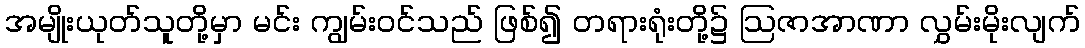
အမျိုးယုတ်သူတို့မှာ မင်း ကျွမ်းဝင်သည် ဖြစ်၍ တရားရုံးတို့၌ ဩဇာအာဏာ လွှမ်းမိုးလျက်